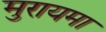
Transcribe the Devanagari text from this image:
मुरायमा